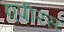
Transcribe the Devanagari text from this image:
एपीरस